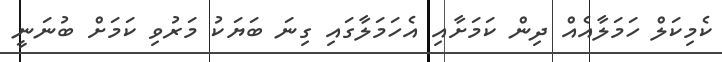
ކެމިކަލް ހަމަލާއެއް ދިން ކަމަށާއި އެހަމަލާގައި ގިނަ ބަޔަކު މަރުވި ކަމަށް ބުނަނީ